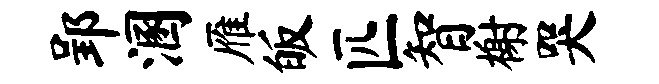
郢溷雁皈匹智榭哭